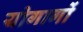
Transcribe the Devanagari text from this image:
योगागों